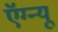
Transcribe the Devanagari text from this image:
ऍग्न्यू